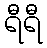
ရီရီ